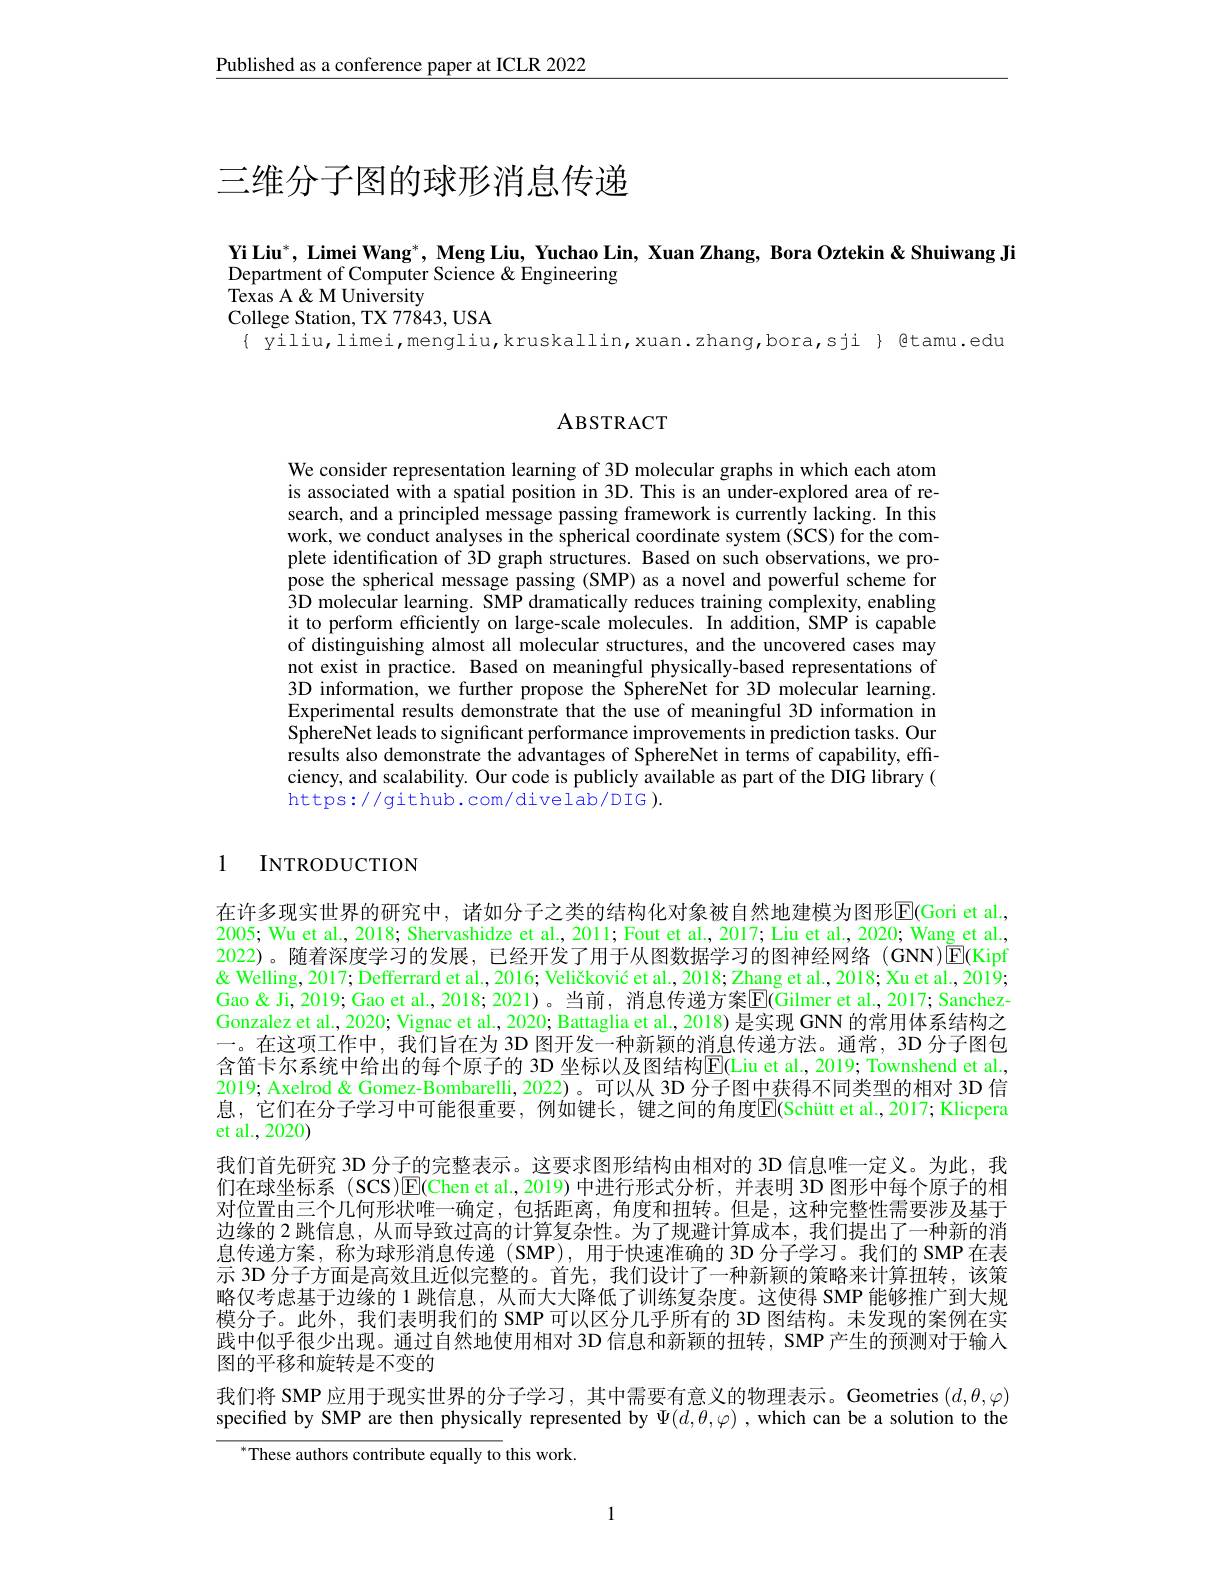
Published as a conference paper at ICLR 2022

# 三维分子图的球形消息传递

Yi Liu$^*$, Limei Wang$^*$, Meng Liu, Yuchao Lin, Xuan Zhang, Bora Oztekin & Shuiwang Ji
Department of Computer Science & Engineering
# $\hat{\text{Texas A }\&\text{M University}}$

College Station, TX 77843, USA
$\{$ yiliu,limei,mengliu,kruskallin,xuan.zhang,bora,sji}{@tamu.edu

## ABSTRACT

We consider representation learning of 3D molecular graphs in which each atom is associated with a spatial position in 3D. This is an under-explored area of research, and a principled message passing framework is currently lacking. In this work, we conduct analyses in the spherical coordinate system (SCS) for the complete identification of $\dot{3}$D graph structures. Based on such observations, we propose the spherical message passing (SMP) as a novel and powerful scheme for $\hat{3}$D molecular learning. SMP dramatically reduces training complexity, enabling it to perform efficiently on large-scale molecules. In addition, SMP is capable of distinguishing almost all molecular structures, and the uncovered cases may not exist in practice. Based on meaningful physically-based representations of 3D information, we further propose the SphereNet for 3D molecular learning. Experimental results demonstrate that the use of meaningful 3D information in SphereNet leads to significant performance improvements in prediction tasks. Our results also demonstrate the advantages of SphereNet in terms of capability, efficiency, and scalability. Our code is publicly available as part of the DIG library( https://github.com/divelab/DIG ).

1

INTRODUCTION

在许多现实世界的研究中，诸如分子之类的结构化对象被自然地建模为图形$\mathbb{E}($Gori et al. 2005; Wu et al., 2018; Shervashidze et al., 2011; Fout et al., 2017; Liu et al., 2020; Wang et al., 2022)。随着深度学习的发展，已经开发了用于从图数据学习的图神经网络(GNN)$\boxed{\mathrm{E}}($Kipf & Welling, 2017; Defferrard et al., 2016; Veličković et al., 2018; Zhang et al., 2018; Xu et al., 2019; Gao & Ji, 2019; Gao et al., 2018; 2021)。当前，消息传递方案$\overline{\mathbb{E}}($Gilmer et al., 2017; SanchezGonzalez et al., 2020; Vignac et al., 2020; Battaglia et al., 2018) 是实现 GNN 的常用体系结构之一。在这项工作中，我们旨在为 3D 图开发一种新颖的消息传递方法。通常，3D 分子图包含笛卡尔系统中给出的每个原子的 3D 坐标以及图结构E(Liu et al., 2019; Townshend et al. 2019; Axelrod & Gomez-Bombarelli, 2022)。可以从 3D 分子图中获得不同类型的相对 3D 信息，它们在分子学习中可能很重要，例如键长，键之间的角度$\overline{\mathrm{E}}($Schütt et al.,2017; Klicpera et al.,2020)
我们首先研究 3D 分子的完整表示。这要求图形结构由相对的 3D 信息唯一定义。为此，我们在球坐标系 (SCS)$\overline{\mathrm{E}}$(Chen et al.,2019)中进行形式分析，并表明 3D 图形中每个原子的相对位置由三个几何形状唯一确定，包括距离，角度和扭转。但是，这种完整性需要涉及基于边缘的 2 跳信息，从而导致过高的计算复杂性。为了规避计算成本，我们提出了一种新的消息传递方案，称为球形消息传递(SMP),用于快速准确的 3D 分子学习。我们的 SMP 在表示 3D 分子方面是高效且近似完整的。首先，我们设计了一种新颖的策略来计算扭转，该策略仅考虑基于边缘的 1 跳信息，从而大大降低了训练复杂度。这使得 SMP 能够推广到大规模分子。此外，我们表明我们的 SMP 可以区分几乎所有的 3D 图结构。未发现的案例在实践中似乎很少出现。通过自然地使用相对 3D 信息和新颖的扭转，SMP 产生的预测对于输人图的平移和旋转是不变的
我们将 SMP 应用于现实世界的分子学习，其中需要有意义的物理表示。Geometries $(d,\theta,\varphi)$ specified by SMP are then physically represented by $\Psi(d,\theta,\varphi)$ ,which can be a solution to the
$^{*}$These authors contribute equally to this work.